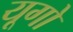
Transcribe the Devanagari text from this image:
यूगो